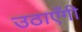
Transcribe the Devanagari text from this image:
उठाएँगी